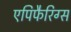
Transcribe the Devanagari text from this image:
एपिफैरिग्स